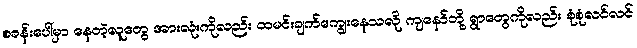
စခန်းပေါ်မှာ နေတဲ့လူတွေ အားလုံးကိုလည်း ထမင်းချက်ကျွေးနေသလို ကျနော်တို့ ရွာတွေကိုလည်း စုံစုံလင်လင်